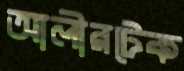
আলীরটেক